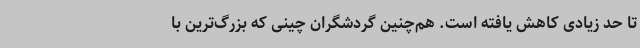
تا حد زیادی کاهش یافته است. هم‌چنین گردشگران چینی که بزرگ‌ترین با